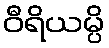
ဝီရိယမ္ပိ